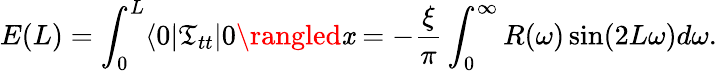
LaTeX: E(L)=\int_{0}^{L}\langle0|\mathfrak{T}_{tt}|0\rangled\mathit{x}=-{\frac{{\xi}}{{\pi}}}\int_{0}^{\infty}R(\omega)\sin(2L\omega)d\omega.